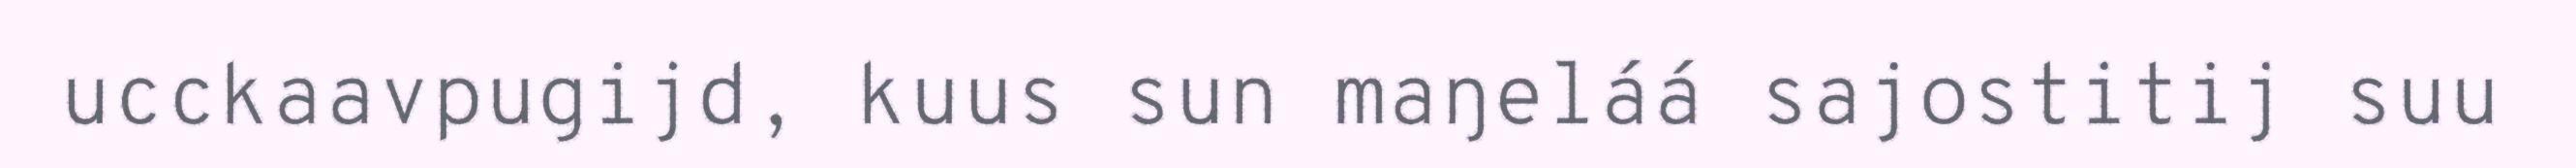
ucckaavpugijd, kuus sun maŋeláá sajostitij suu